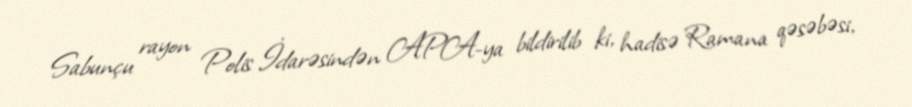
Sabunçu rayon Polis İdarəsindən APA-ya bildirilib ki, hadisə Ramana qəsəbəsi,